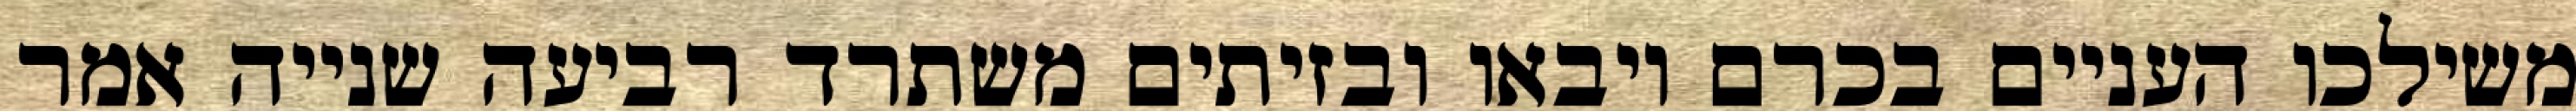
משילכו העניים בכרם ויבאו ובזיתים משתרד רביעה שנייה אמר